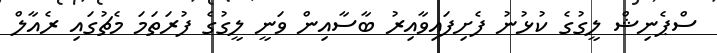
ސްޕެނިޝް ލީގުގެ ކުޅުނު ފެށިފައިވާއިރު ބާސާއިން ވަނީ ލީގުގެ ފުރަތަމަ މެޗުގައި ރެއާލް